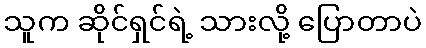
သူက ဆိုင်ရှင်ရဲ့ သားလို့ ပြောတာပဲ